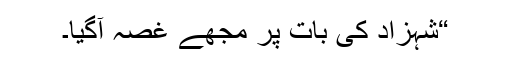
“شہزاد کی بات پر مجھے غصہ آگیا۔